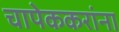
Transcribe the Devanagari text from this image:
चापेककरांना